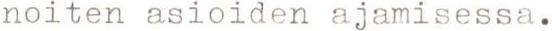
noiten asioiden ajamisessa.